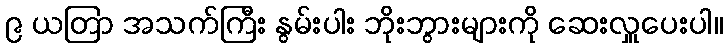
၉ ယတြာ အသက်ကြီး နွမ်းပါး ဘိုးဘွားများကို ဆေးလှူပေးပါ။